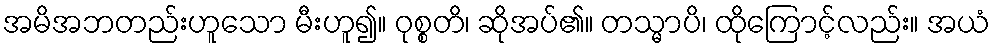
အမိအဘတည်းဟူသော မီးဟူ၍။ ဝုစ္စတိ၊ ဆိုအပ်၏။ တသ္မာပိ၊ ထိုကြောင့်လည်း။ အယံ